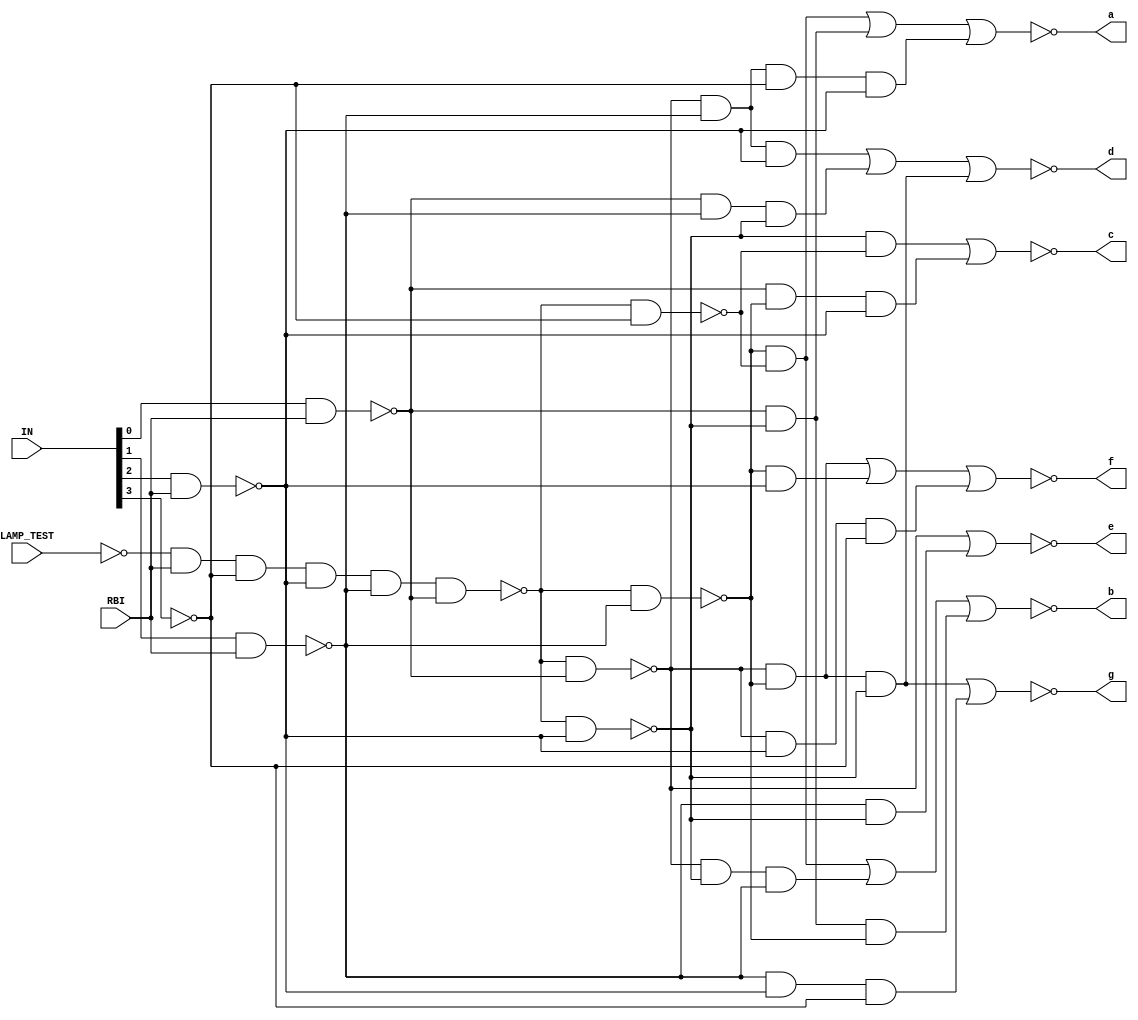
`timescale 1ns / 1ps
//////////////////////////////////////////////////////////////////////////////////
// Company: 
// Engineer: 
// 
// Design Name: 
// Module Name:    BCDto7cathod 
// Project Name: 
// Target Devices: 
// Tool versions: 
// Description: 
//
// Dependencies: 
//
// Revision: 
// Revision 0.01 - File Created
// Additional Comments: 
//
//////////////////////////////////////////////////////////////////////////////////
module BCDto7cathod(
	 input [3:0] IN,
    input LAMP_TEST,
    input RBI,
    output a,
    output b,
    output c,
    output d,
    output e,
    output f,
    output g
    );
	 
	 wire w1,w2,w3,E1,E2,E3,E4,Y;

	 assign w1=!((IN[0])&(RBI)),w2=!((IN[1])&(RBI)),w3=!((IN[2])&(RBI)) ,
			Y=!(((!LAMP_TEST)&(RBI))&(!IN[3])&(w3)&(w2)&(w1)),
			E1=!(Y&w1),E2=!(Y&w2),E3=!(Y&w3),E4=!(Y&(!IN[3])),
			a=!((E2&E4)|(w1&E3)|(E1&w2&(!IN[3])&w3)),b=!((E2&E4)|(E1&E3&w2)|(w1&E3&E2)),c=!((E3&E4)|(w1&E2&w3)),
			d=!((E1&w2&w3)|(w1&w2&E3)|(E1&E2&E3)),e=!(E1|(w2&E3)),f=!((E1&E2)|(E2&w3)|(E1&w3&(!IN[3]))),
			g=!((E1&E2&E3)|(w2&w3&(!IN[3])));


endmodule